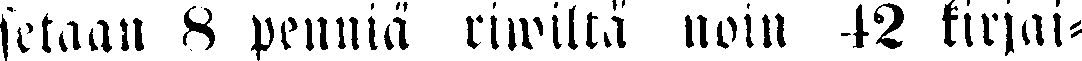
setaan 8 penniä riwiltä noin 43 kirjai-